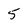
Character: 5